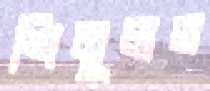
শিমুলত